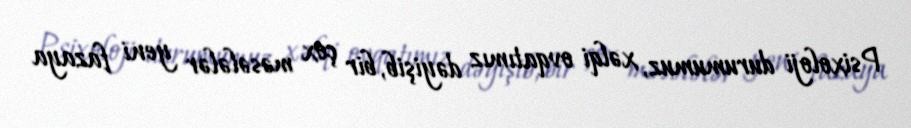
Psixoloji durumumuz, xəlqi ovqatımız dəyişib, bir çox məsələlər yeni fazaya